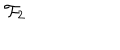
{ \cal F } _ { 2 }